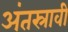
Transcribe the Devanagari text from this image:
अंतस्रावी